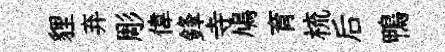
貍弃彫偉鋒寺鳩育梳后鴨